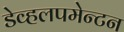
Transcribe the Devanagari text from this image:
डेव्हलपमेन्टन